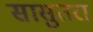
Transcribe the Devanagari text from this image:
सासुतरा